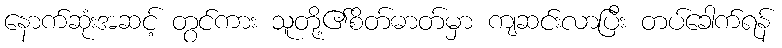
နောက်ဆုံးအဆင့် တွင်ကား သူတို့၏စိတ်ဓာတ်မှာ ကျဆင်းလာပြီး တပ်ခေါက်ရန်